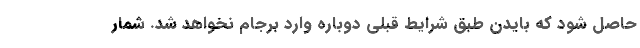
حاصل شود که بایدن طبق شرایط قبلی دوباره وارد برجام نخواهد شد. شمار